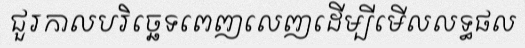
ជួរកាលបរិច្ឆេទពេញលេញដើម្បីមើលលទ្ធផល